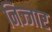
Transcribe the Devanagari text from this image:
निज्जार